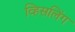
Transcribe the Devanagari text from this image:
व्हिसलिंग